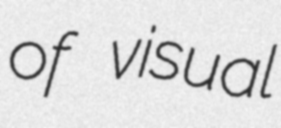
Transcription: of visual